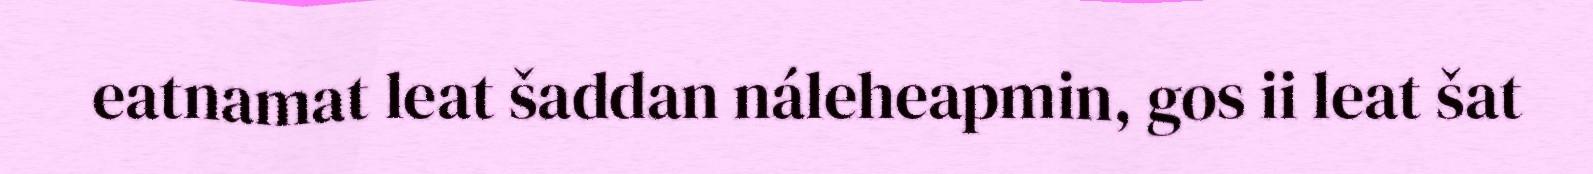
eatnamat leat šaddan náleheapmin, gos ii leat šat